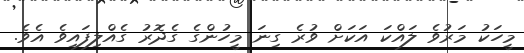
މީހަކު މަރުވެ ލައްކަ އަކަށް ވުރެ ގިނަ މީހުންގެ ގެދޮރު ގެއްލިފައިވެ އެވެ.